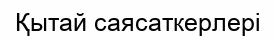
Қытай саясаткерлері